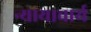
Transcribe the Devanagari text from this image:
न्यायाचार्य